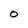
Character: 0